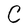
Character: C